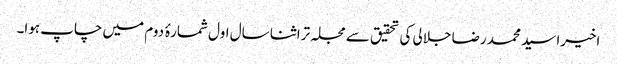
اخیرا سید محمد رضا جلالی کی تحقیق سے مجلہ تراثنا سال اول شمارۂ دوم میں چاپ ہوا۔